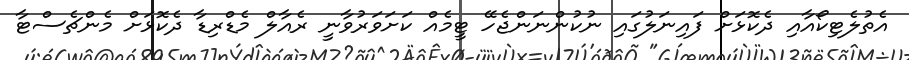
އެތުލެޓިކޯއާއި ދެކޮޅަށް ފައިނަލުގައި ނުކުންނަންޖެހޭ ޓީމެއް ކަށަވަރުވާނީ ރެއާލް މެޑްރިޑާ ދެކޮޅަށް މެންޗެސްޓާ